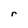
Character: r